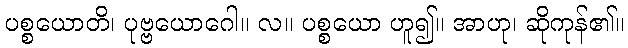
ပစ္စယောတိ၊ ပုဗ္ဗယောဂေါ။ လ။ ပစ္စယော ဟူ၍။ အာဟု၊ ဆိုကုန်၏။